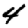
Digit: 4